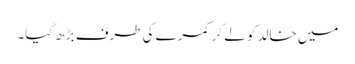
میں خالد کو لے کر کمرے کی طرف بڑھ گیا۔